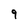
Character: 9